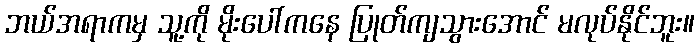
ဘယ်အရာကမှ သူ့ကို မိုးပေါ်ကနေ ပြုတ်ကျသွားအောင် မလုပ်နိုင်ဘူး။